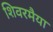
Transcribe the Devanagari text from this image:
शिवरमैया